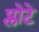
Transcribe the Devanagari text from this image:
प्लोटे